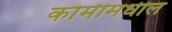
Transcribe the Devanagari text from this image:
कोमीमधील